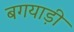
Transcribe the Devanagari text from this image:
बगयाड़ी